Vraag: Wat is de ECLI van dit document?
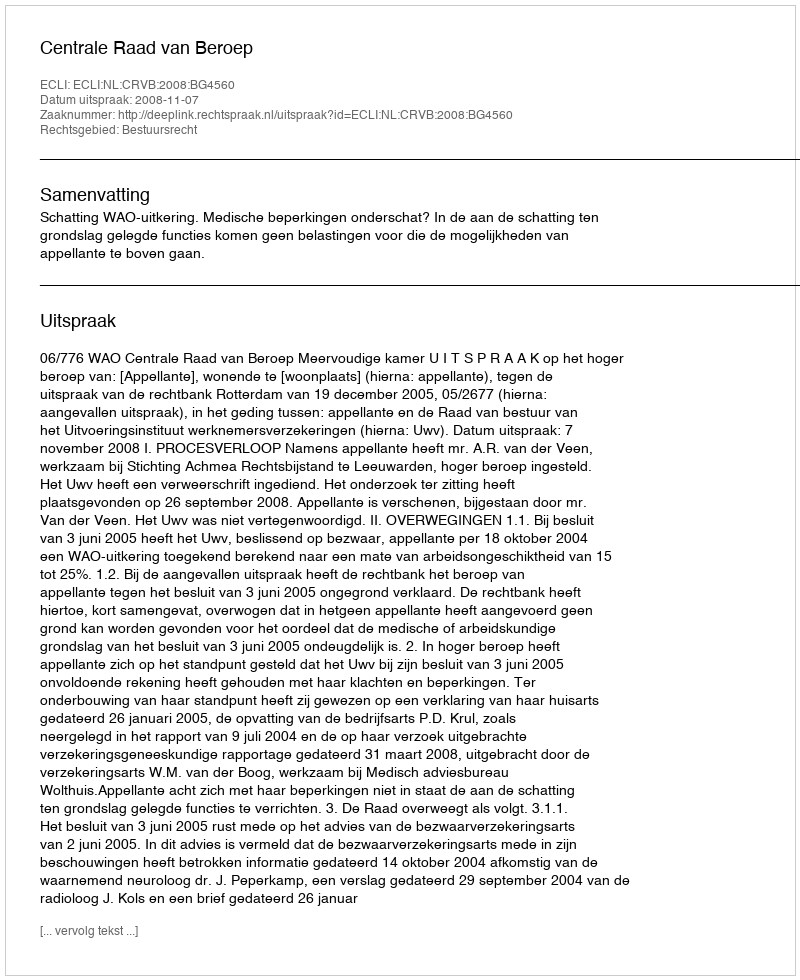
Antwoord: ECLI:NL:CRVB:2008:BG4560